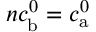
n c _ { \mathrm { b } } ^ { 0 } = c _ { \mathrm { a } } ^ { 0 }